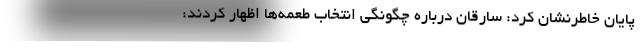
پایان خاطرنشان کرد: سارقان درباره چگونگی انتخاب طعمه‌ها اظهار کردند: